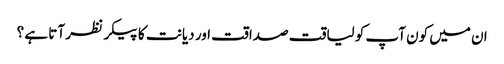
ان میں کون آپ کو لیاقت صداقت اور دیانت کا پیکر نظر آتا ہے ؟